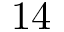
1 4